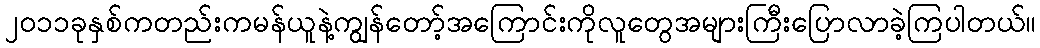
၂၀၁၁ခုနှစ်ကတည်းကမန်ယူနဲ့ကျွန်တော့်အကြောင်းကိုလူတွေအများကြီးပြောလာခဲ့ကြပါတယ်။